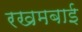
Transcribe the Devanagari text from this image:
रखमबाई